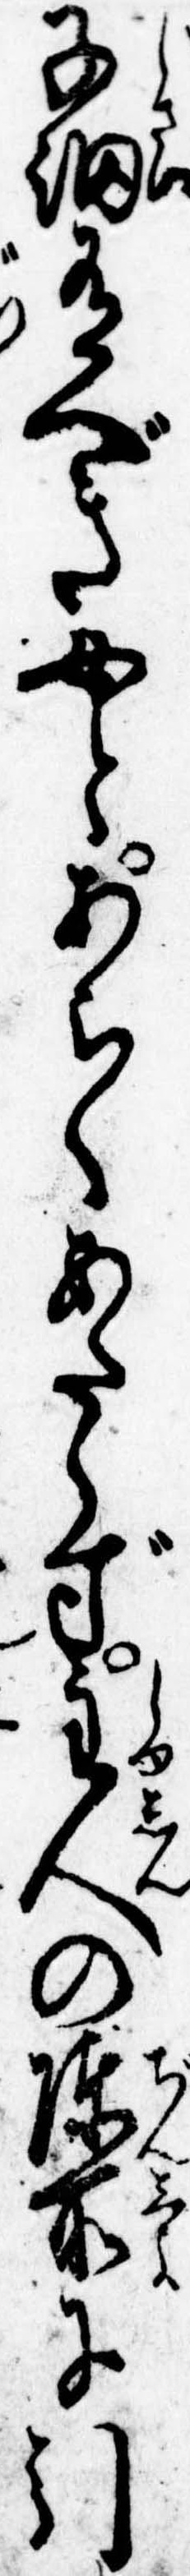
子細有べき女とあらくあたらず主人の陳所に引